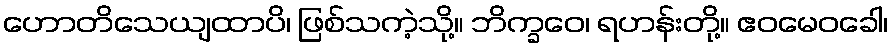
ဟောတိသေယျထာပိ၊ ဖြစ်သကဲ့သို့။ ဘိက္ခဝေ၊ ရဟန်းတို့။ ဧဝမေဝခေါ၊